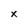
Character: x